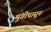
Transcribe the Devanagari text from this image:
मुंगीपासून